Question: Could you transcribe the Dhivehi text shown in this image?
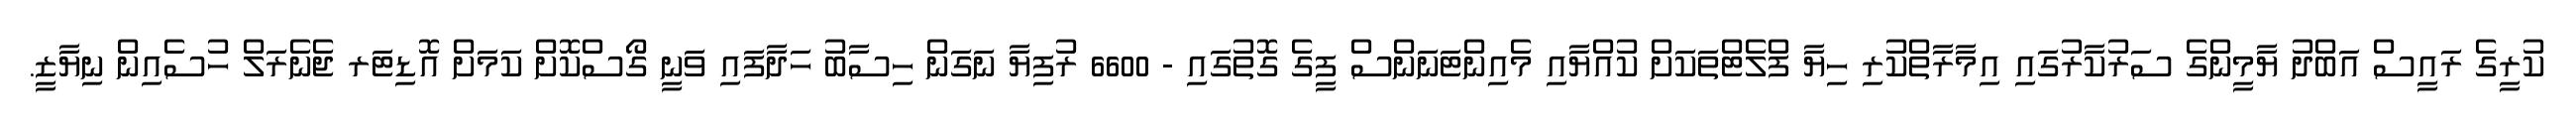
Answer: ކުރީގެ ރައީސް އަބްދު ޔާމީންގެ ސަރުކާރުގައި އިމާރާތްކުރި ހިޔާ ފްލެޓްތަކަށް ކުއްޔާއި މެއިންޓަނަންސް ފީގެ ގޮތުގައި - 6600 ރުފިޔާ ނަގަން ހިސާބު ހަދާފައި ވަނީ ގޯސްކޮށް ކަމަށް އޮޑިޓަރ ޖެނެރަލް ހުސެއިން ނިޔާޒީ.